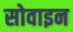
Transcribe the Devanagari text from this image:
सोवाइन